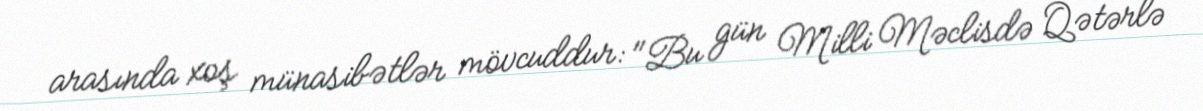
arasında xoş münasibətlər mövcuddur: "Bu gün Milli Məclisdə Qətərlə